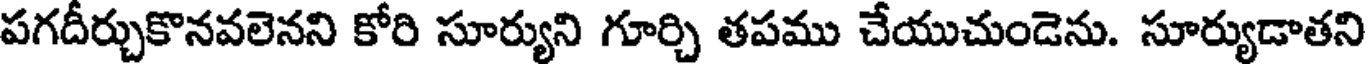
పగదీర్చుకొనవలెనని కోరి సూర్యుని గూర్చి తపము చేయుచుండెను. సూర్యుడాతని